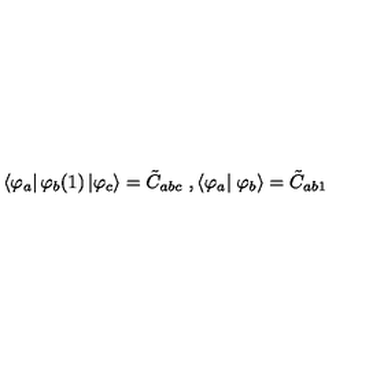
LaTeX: \left\langle \varphi _ { a } \right| \varphi _ { b } ( 1 ) \left| \varphi _ { c } \right\rangle = \tilde { C } _ { a b c } \ , \left\langle \varphi _ { a } \right| \left. \varphi _ { b } \right\rangle = \tilde { C } _ { a b 1 }